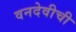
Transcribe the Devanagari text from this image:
वनदेवीची